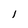
Character: 1